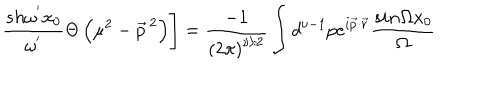
\left. \frac { s h { \omega } ^ { ' } x _ { 0 } } { { \omega } ^ { ' } } \Theta \left( { \mu } ^ { 2 } - { \vec { p } } ^ { \, 2 } \right) \right] = \frac { - 1 } { \left( 2 \pi \right) ^ { \nu / 2 } } \int d ^ { \nu - 1 } p e ^ { i \vec { p } \cdot \vec { r } } \frac { s i n \Omega x _ { 0 } } { \Omega }